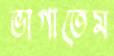
ভাগাতেম